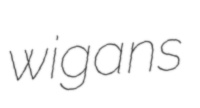
wigans